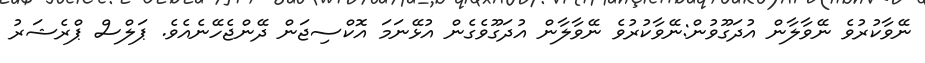
ނޭވާކުރުވެ ނޭވާލާން އުދަގޫވުން:ނޭވާކުރުވެ ނޭވާލާން އުދަގޫވެގެން އުޅޭނަމަ އޮކްސިޖަން ދޭންޖެހޭނެއެވެ. ޕަލްސް ޕްރެޝަރު